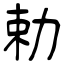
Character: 勅